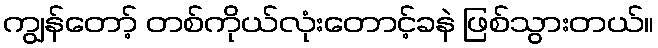
ကျွန်တော့် တစ်ကိုယ်လုံးတောင့်ခနဲ ဖြစ်သွားတယ်။